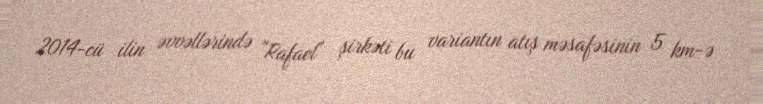
2014-cü ilin əvvəllərində "Rafael" şirkəti bu variantın atış məsafəsinin 5 km-ə